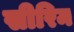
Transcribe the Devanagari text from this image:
सीरिम